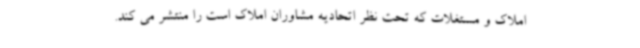
املاک و مستغلات که تحت نظر اتحادیه مشاوران املاک است را منتشر می کند.